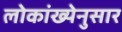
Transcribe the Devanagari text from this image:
लोकांख्येनुसार